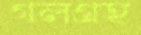
গলগ্রহ